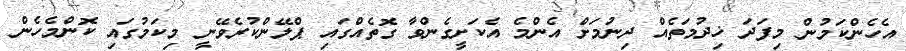
އެހެންކަމުން މިފަދަ ޚިދުމަތެއް ދިނުމަށް އެންމެ އެކަށީގެންވާ ގޮތެއްގައި ޕްލޭންކުރެވޭނީ މިކަމުގައި ކޮންމެހެން